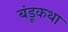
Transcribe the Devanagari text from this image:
बंडूकथा